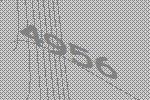
4956